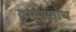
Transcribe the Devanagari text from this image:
वृषणशोथ